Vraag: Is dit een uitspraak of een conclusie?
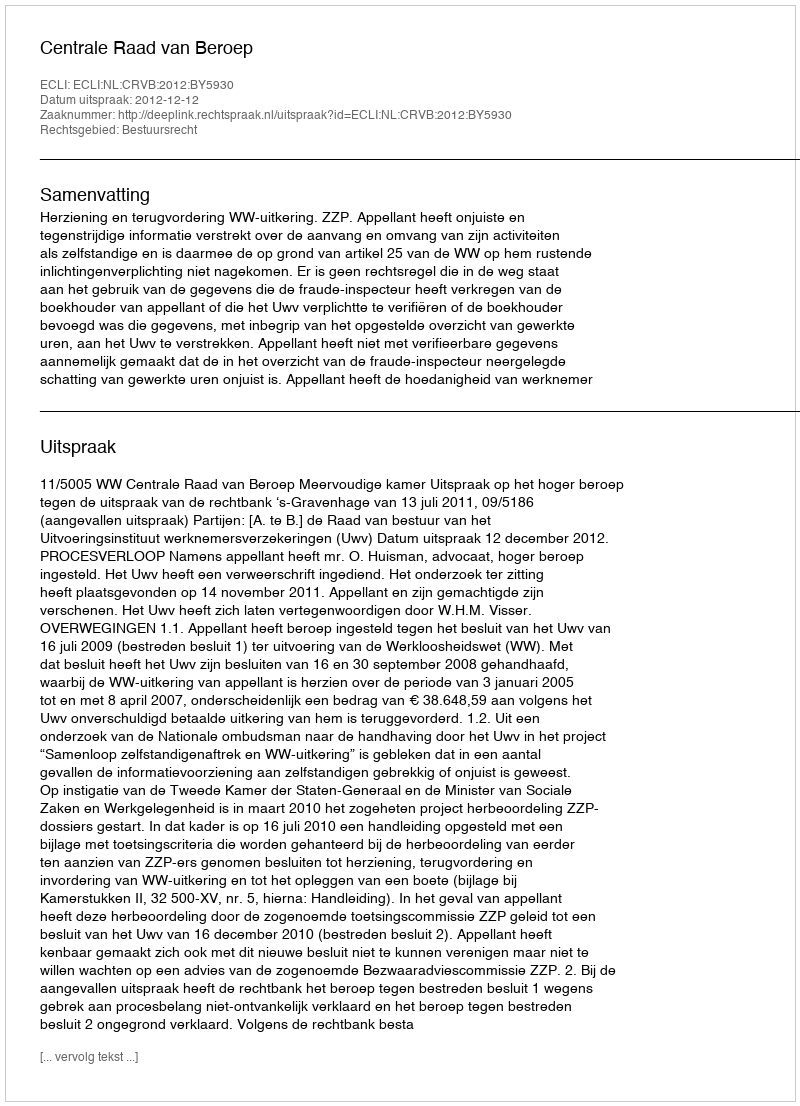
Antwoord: Uitspraak